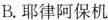
B.耶律阿保机